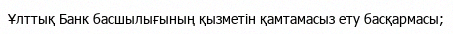
Ұлттық Банк басшылығының қызметін қамтамасыз ету басқармасы;